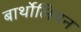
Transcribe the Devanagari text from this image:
बार्थोलियन